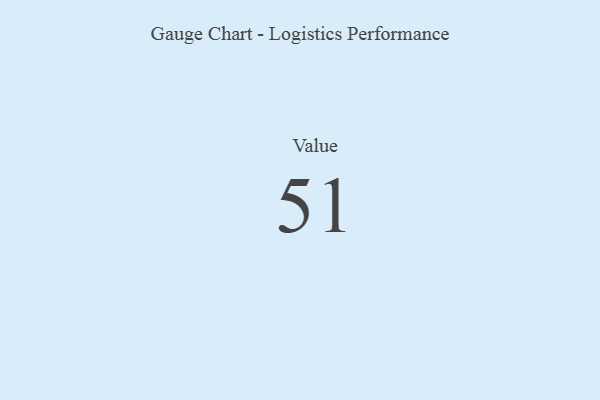
{"axis": {"x": "Metric", "y": "Value"}, "legend": [""], "data": [{"x": "Value", "y": 51, "type": ""}]}